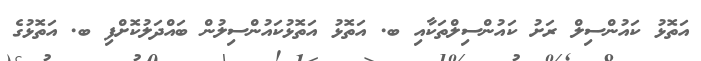
އަތޮޅު ކައުންސިލް ރަށު ކައުންސިލްތަކާއި ބ. އަތޮޅު އަތޮޅުކައުންސިލުން ބައްދަލުކޮށްފި ބ. އަތޮޅުގެ